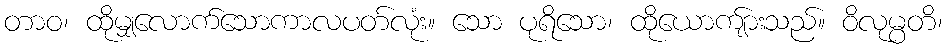
တာဝ၊ ထိုမျှလောက်သောကာလပတ်လုံး။ သော ပုရိသော၊ ထိုယောကျ်ားသည်။ ဝိလုမ္ပတိ၊